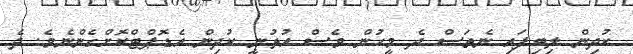
ކުދިން ލިބިފައި ނެތަސް ދެ މީހުން ވެސް އުޅުނީ ކުދިން އެޑޮޕްޓްކޮށްގެންނެވެ. ދެ